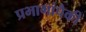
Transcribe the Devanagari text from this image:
प्रभागांपैकी